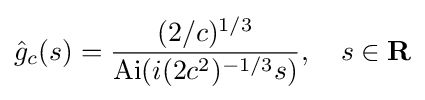
{\hat {g}}_{c}(s)={\frac {(2/c)^{1/3}}{\operatorname {Ai} (i(2c^{2})^{-1/3}s)}},\ \ \ s\in \mathbf {R}